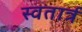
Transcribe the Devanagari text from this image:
स्वतार्त्र